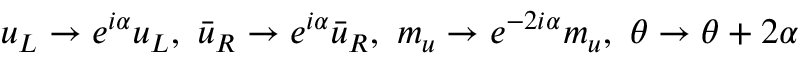
u _ { L } \rightarrow e ^ { i \alpha } u _ { L } , \ \bar { u } _ { R } \rightarrow e ^ { i \alpha } \bar { u } _ { R } , \ m _ { u } \rightarrow e ^ { - 2 i \alpha } m _ { u } , \ \theta \rightarrow \theta + 2 \alpha